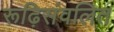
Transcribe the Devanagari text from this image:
रूढ़िसंवलित